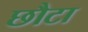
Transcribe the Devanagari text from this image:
छौटा